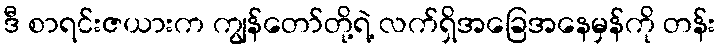
ဒီ စာရင်းဇယားက ကျွန်တော်တို့ရဲ့ လက်ရှိအခြေအနေမှန်ကို တန်း